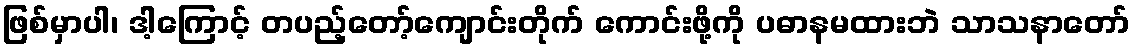
ဖြစ်မှာပါ၊ ဒါ့ကြောင့် တပည့်တော့်ကျောင်းတိုက် ကောင်းဖို့ကို ပဓာနမထားဘဲ သာသနာတော်